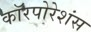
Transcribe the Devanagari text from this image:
कॉरपोरेशंस